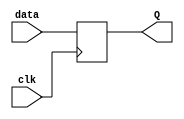
module edge_triggered_latch (
    input data,
    input clk,
    output reg Q
);

always @(posedge clk)
begin
    Q <= data;
end

endmodule